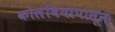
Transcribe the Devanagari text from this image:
कोलंबियापासून